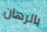
بالرهان